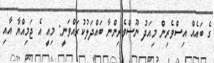
ގެ ބައެއް އިސްވެރިން މިއަދު ނޫސްވެރިންނާ ބައްދަލުކުރައްވަނީ: މިއީ އެ ޖަމިއްޔާ އާއި